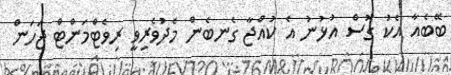
ބޭބެއާ އެކު ގޮސް އުޅުނު އެ ކުއްޖާ ގެނބެން މެދުވެރިވީ ރިވެޓްމަންޓް ޖަހަން